Sleeping sickness
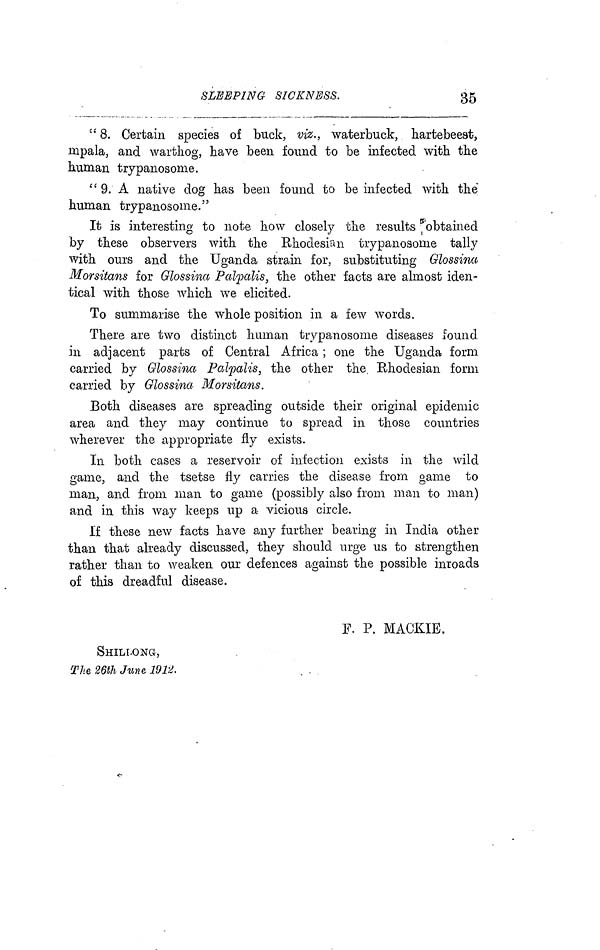
SLEEPING SICKNESS.
35
" 8. Certain species of buck, viz., waterbuck, hartebeest,
mpala, and warthog, have been found to be infected with the
human trypanosome.
" 9. A native dog has been found to be infected with the
human trypanosome."
It is interesting to note how closely the results obtained
by these observers with the Rhodesia
trypanosome tally
with ours and the Uganda strain for, substituting Glossina
Morsitans for Glossimi Palpalis, the other facts are almost iden-
tical with those which we elicited.
To summarise the whole position in a few words.
There are two distinct human trypanosome diseases found
in adjacent parts of Central Africa ; one the Uganda form
carried by Glossina Palpalis, the other the Rhodesiani forni
carried by Glossina Morsitans.
Both diseases are spreading outside their original epidemic
area and they may continue to spread in those countries
wherever the appropriate fly exists.
In both cases a reservoir of infection exists in the wild
game, and the tsetse fly carries the disease from game to
man, and from man to game (possibly also from man to man)
and in this way keeps up a vicious circle.
If these new facts have any further bearing in India other
than that already discussed, they should urge us to strengthen
rather than to weaken our defences against the possible inroads
of this dreadful disease.
F. P. MACKIE.
SHILI.ONG,
The 26th June 1912.